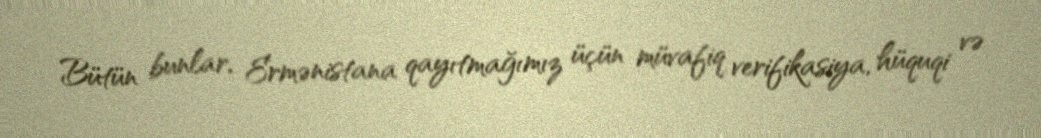
Bütün bunlar, Ermənistana qayıtmağımız üçün müvafiq verifikasiya, hüquqi və